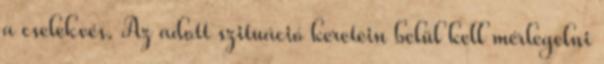
a cselekvés. Az adott szituáció keretein belül kell mérlegelni